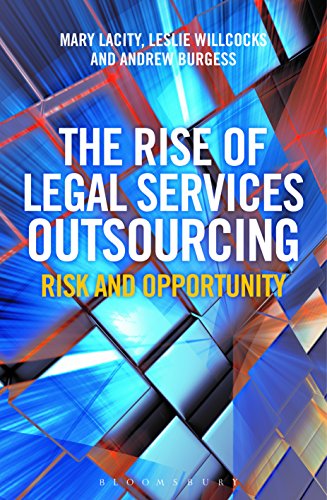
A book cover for The Rise of Legal Services Outsourcing: Risk and Opportunity; Mary Lacity; Business & Money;